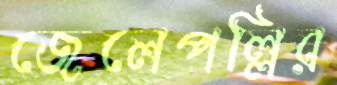
জেলেপল্লির